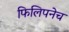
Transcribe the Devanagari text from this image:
फिलिपनेच